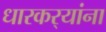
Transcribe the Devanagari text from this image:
धारकर्‍यांना